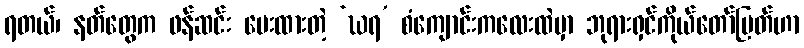
ရတယ်၊ နတ်တွေက ဖန်ဆင်း ပေးထားတဲ့ ‘ဃရ’ စံကျောင်းကလေးထဲမှာ ဘုရားရှင်ကိုယ်တော်မြတ်ဟာ